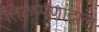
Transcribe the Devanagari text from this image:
तिरुप्पणांदाल